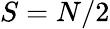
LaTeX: S=N/2